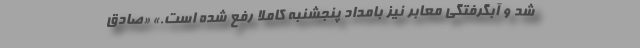
شد و آبگرفتگي معابر نيز بامداد پنجشنبه كاملا رفع شده است.» «صادق